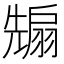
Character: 𭀵